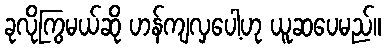
ခုလိုကြွမယ်ဆို ဟန်ကျလှပေါ့ဟု ယူဆပေမည်။